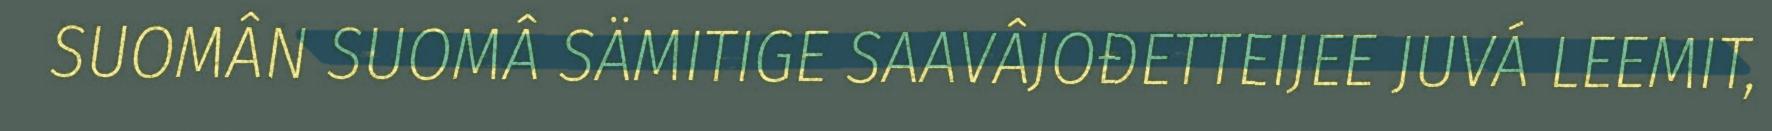
SUOMÂN SUOMÂ SÄMITIGE SAAVÂJOĐETTEIJEE JUVÁ LEEMIT,